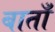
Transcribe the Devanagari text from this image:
बाताँ